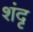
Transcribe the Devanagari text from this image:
शंदृ